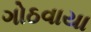
ગોઠવાયા